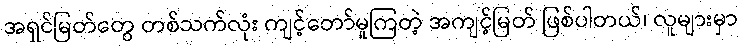
အရှင်မြတ်တွေ တစ်သက်လုံး ကျင့်တော်မူကြတဲ့ အကျင့်မြတ် ဖြစ်ပါတယ်၊ လူများမှာ